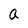
Character: a